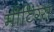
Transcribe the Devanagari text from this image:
मीटिंग्स